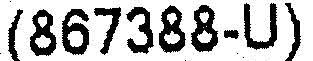
(867388-U)